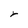
Character: r